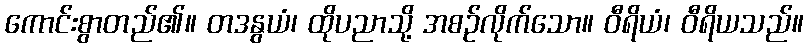
ကောင်းစွာတည်၏။ တဒနွယံ၊ ထိုပညာသို့ အစဉ်လိုက်သော။ ဝီရိယံ၊ ဝီရိယသည်။